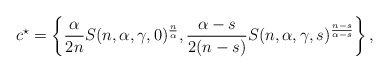
\begin{align*} c^\star = \left\{ \frac{\alpha}{2n} S(n,\alpha,\gamma,0)^{\frac{n}{\alpha}}, \frac{\alpha-s}{2(n-s)} S(n,\alpha,\gamma,s)^{\frac{n-s}{\alpha-s}} \right\},\end{align*}